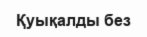
Қуықалды без